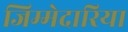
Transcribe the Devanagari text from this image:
जिम्मेदारिया